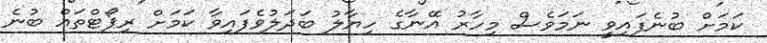
ކަމަށް ބުނެފައިވީ ނަމަވެސް މިހާރު އޭނާގެ ހިޔާލު ބަދަލުވެފައިވާ ކަމަށް ރިޕޯޓްތައް ބުނެ